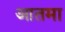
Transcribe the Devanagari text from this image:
आतमा